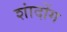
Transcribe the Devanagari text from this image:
शांदोंग